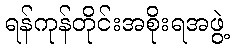
ရန်ကုန်တိုင်းအစိုးရအဖွဲ့